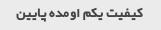
کیفیت یکم اومده پایین